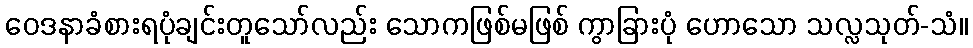
ဝေဒနာခံစားရပုံချင်းတူသော်လည်း သောကဖြစ်မဖြစ် ကွာခြားပုံ ဟောသော သလ္လသုတ်-သံ။